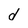
Character: d